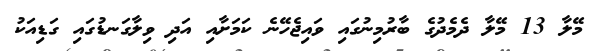
މޭލާ 13 މޭލާ ދެމެދުގެ ބާރުމިނުގައި ވައިޖެހޭނެ ކަމަށާއި އަދި ވިލާގަނޑުގައި ގަޑިއަކު